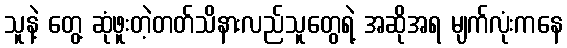
သူနဲ့ တွေ့ ဆုံဖူးတဲ့တတ်သိနားလည်သူတွေရဲ့ အဆိုအရ မျက်လုံးကနေ